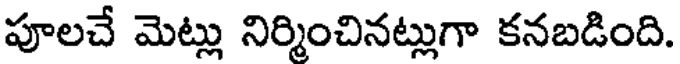
పూలచే మెట్లు నిర్మించినట్లుగా కనబడింది.